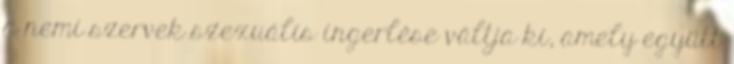
a nemi szervek szexuális ingerlése váltja ki, amely együtt